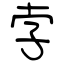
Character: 孛